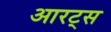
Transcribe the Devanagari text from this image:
आरट्स